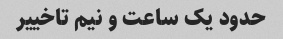
حدود یک ساعت و نیم تاخییر